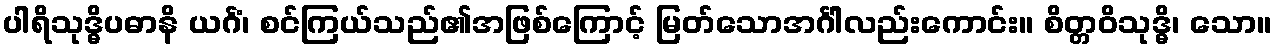
ပါရိသုဒ္ဓိပဓာနိ ယင်္ဂံ၊ စင်ကြယ်သည်၏အဖြစ်ကြောင့် မြတ်သောအင်္ဂါလည်းကောင်း။ စိတ္တဝိသုဒ္ဓိ၊ သော။